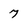
Character: 7